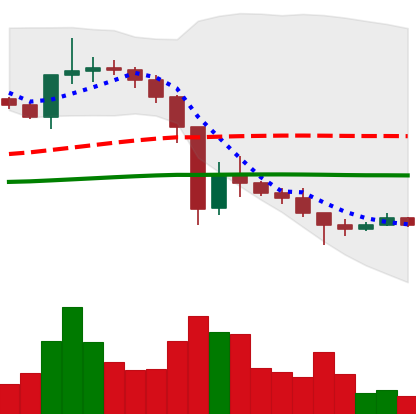
Ticker: XRP-USD
Chart end date: 2021-01-02
Forward return: 47.076%
Label: up_7plus